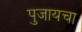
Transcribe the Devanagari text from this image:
पुजायचा